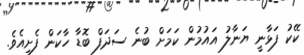
ކޭކު ފަޅާނީ ޔަނާލު އައުމުން ކަމަށް ބުނެ ސަދަފް ބޮޑާ ހާކަން ފެށިއެވެ.